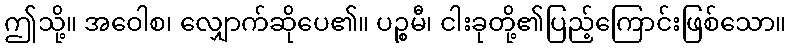
ဤသို့။ အဝေါစ၊ လျှောက်ဆိုပေ၏။ ပဉ္စမီ၊ ငါးခုတို့၏ပြည့်ကြောင်းဖြစ်သော။